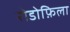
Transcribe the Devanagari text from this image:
रोडोफ़िला